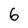
Character: 6